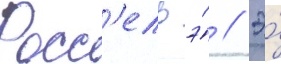
Росс'ель э́ // Э́